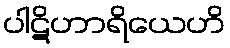
ပါဋိဟာရိယေဟိ